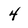
Character: 4